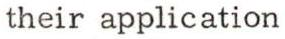
their application